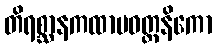
တိရစ္ဆာနကထာပဝတ္တနိကော